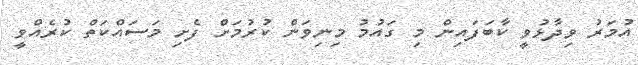
އުމަރު ވިދާޅުވީ ކާބަފައިން މި ގައުމު މިނިވަން ކުރުމަށް ފެށި މަސައްކަތް ކުރެއްވީ